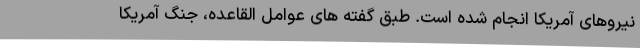
نیروهای آمریکا انجام شده است. طبق گفته های عوامل القاعده، جنگ آمریکا